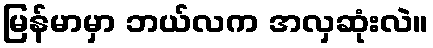
မြန်မာမှာ ဘယ်လက အလှဆုံးလဲ။